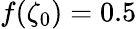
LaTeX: f(\zeta_{0})=0.5